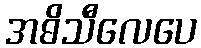
အဓိသီလေပေ